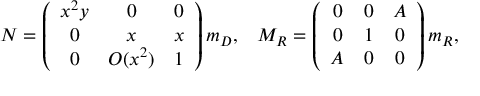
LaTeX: N = \left( \begin{array} { c c c } { { x ^ { 2 } y } } & { { 0 } } & { { 0 } } \\ { { 0 } } & { { x } } & { { x } } \\ { { 0 } } & { { O ( x ^ { 2 } ) } } & { { 1 } } \end{array} \right) m _ { D } , \; \; \; M _ { R } = \left( \begin{array} { c c c } { { 0 } } & { { 0 } } & { { A } } \\ { { 0 } } & { { 1 } } & { { 0 } } \\ { { A } } & { { 0 } } & { { 0 } } \end{array} \right) m _ { R } ,